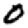
Digit: 0